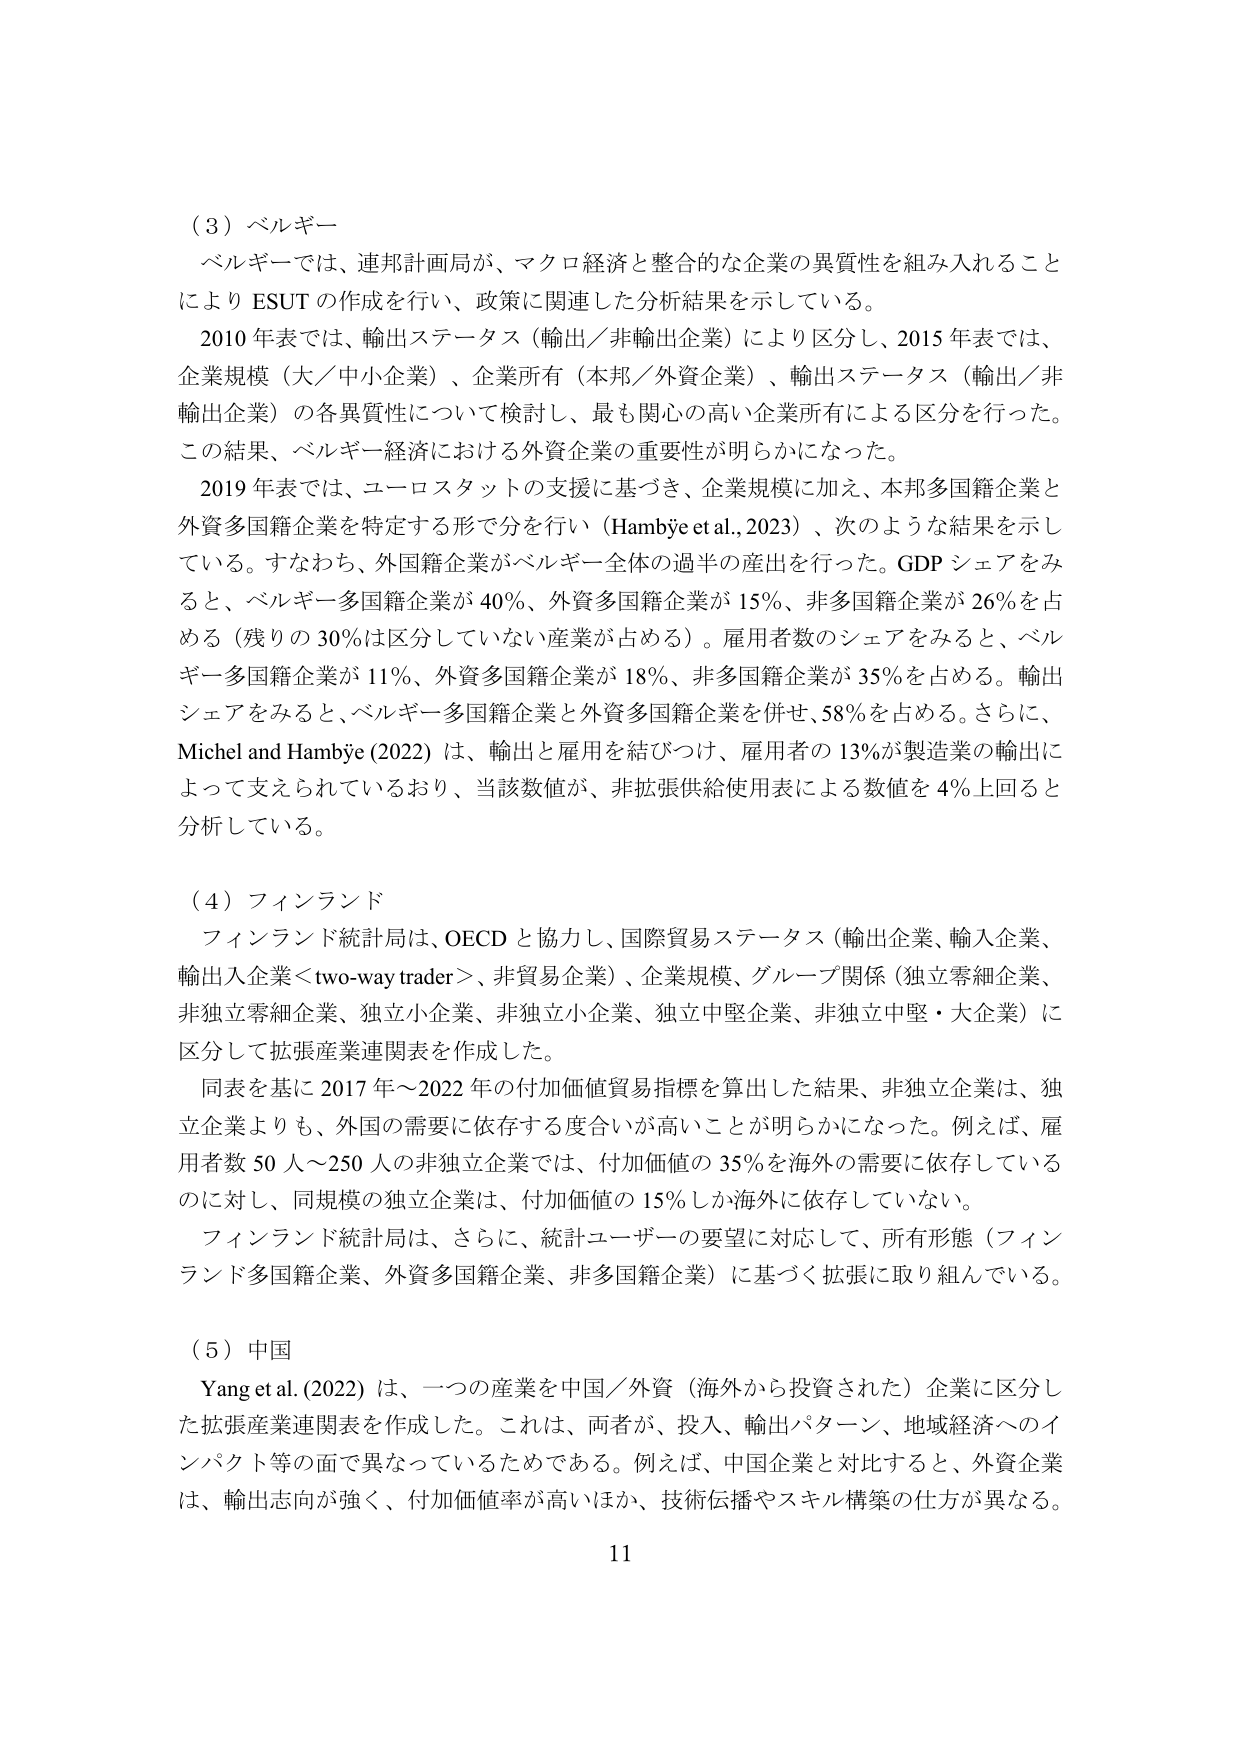
（３）ベルギー
ベルギーでは、連邦計画局が、マクロ経済と整合的な企業の異質性を組み入れること
により ESUT の作成を行い、政策に関連した分析結果を示している。
2010 年表では、輸出ステータス（輸出／非輸出企業）により区分し、2015 年表では、
企業規模（大／中小企業）、企業所有（本邦／外資企業）、輸出ステータス（輸出／非
輸出企業）の各異質性について検討し、最も関心の高い企業所有による区分を行った。
この結果、ベルギー経済における外資企業の重要性が明らかになった。
2019 年表では、ユーロスタットの支援に基づき、企業規模に加え、本邦多国籍企業と
外資多国籍企業を特定する形で分を行い（Hambÿe et al., 2023）、次のような結果を示し
ている。すなわち、外国籍企業がベルギー全体の過半の産出を行った。GDP シェアをみ
ると、ベルギー多国籍企業が 40％、外資多国籍企業が 15％、非多国籍企業が 26％を占
める（残りの 30％は区分していない産業が占める）。雇用者数のシェアをみると、ベル
ギー多国籍企業が 11％、外資多国籍企業が 18％、非多国籍企業が 35％を占める。輸出
シェアをみると、ベルギー多国籍企業と外資多国籍企業を併せ、58％を占める。さらに、
Michel and Hambÿe (2022) は、輸出と雇用を結びつけ、雇用者の 13％が製造業の輸出に
よって支えられているおり、当該数値が、非拡張供給使用表による数値を 4％上回ると
分析している。

（４）フィンランド
フィンランド統計局は、OECD と協力し、国際貿易ステータス（輸出企業、輸入企業、
輸出入企業＜two-way trader＞、非貿易企業）、企業規模、グループ関係（独立零細企業、
非独立零細企業、独立小企業、非独立小企業、独立中堅企業、非独立中堅・大企業）に
区分して拡張産業連関表を作成した。
同表を基に 2017 年～2022 年の付加価値貿易指標を算出した結果、非独立企業は、独
立企業よりも、外国の需要に依存する度合いが高いことが明らかになった。例えば、雇
用者数 50 人～250 人の非独立企業では、付加価値の 35％を海外の需要に依存している
のに対し、同規模の独立企業は、付加価値の 15％しか海外に依存していない。
フィンランド統計局は、さらに、統計ユーザーの要望に対応して、所有形態（フィン
ランド多国籍企業、外資多国籍企業、非多国籍企業）に基づく拡張に取り組んでいる。

（５）中国
Yang et al. (2022) は、一つの産業を中国／外資（海外から投資された）企業に区分し
た拡張産業連関表を作成した。これは、両者が、投入、輸出パターン、地域経済へのイ
ンパクト等の面で異なっているためである。例えば、中国企業と対比すると、外資企業
は、輸出志向が強く、付加価値率が高いほか、技術伝播やスキル構築の仕方が異なる。

11